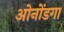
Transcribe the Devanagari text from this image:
ओनोंडगा